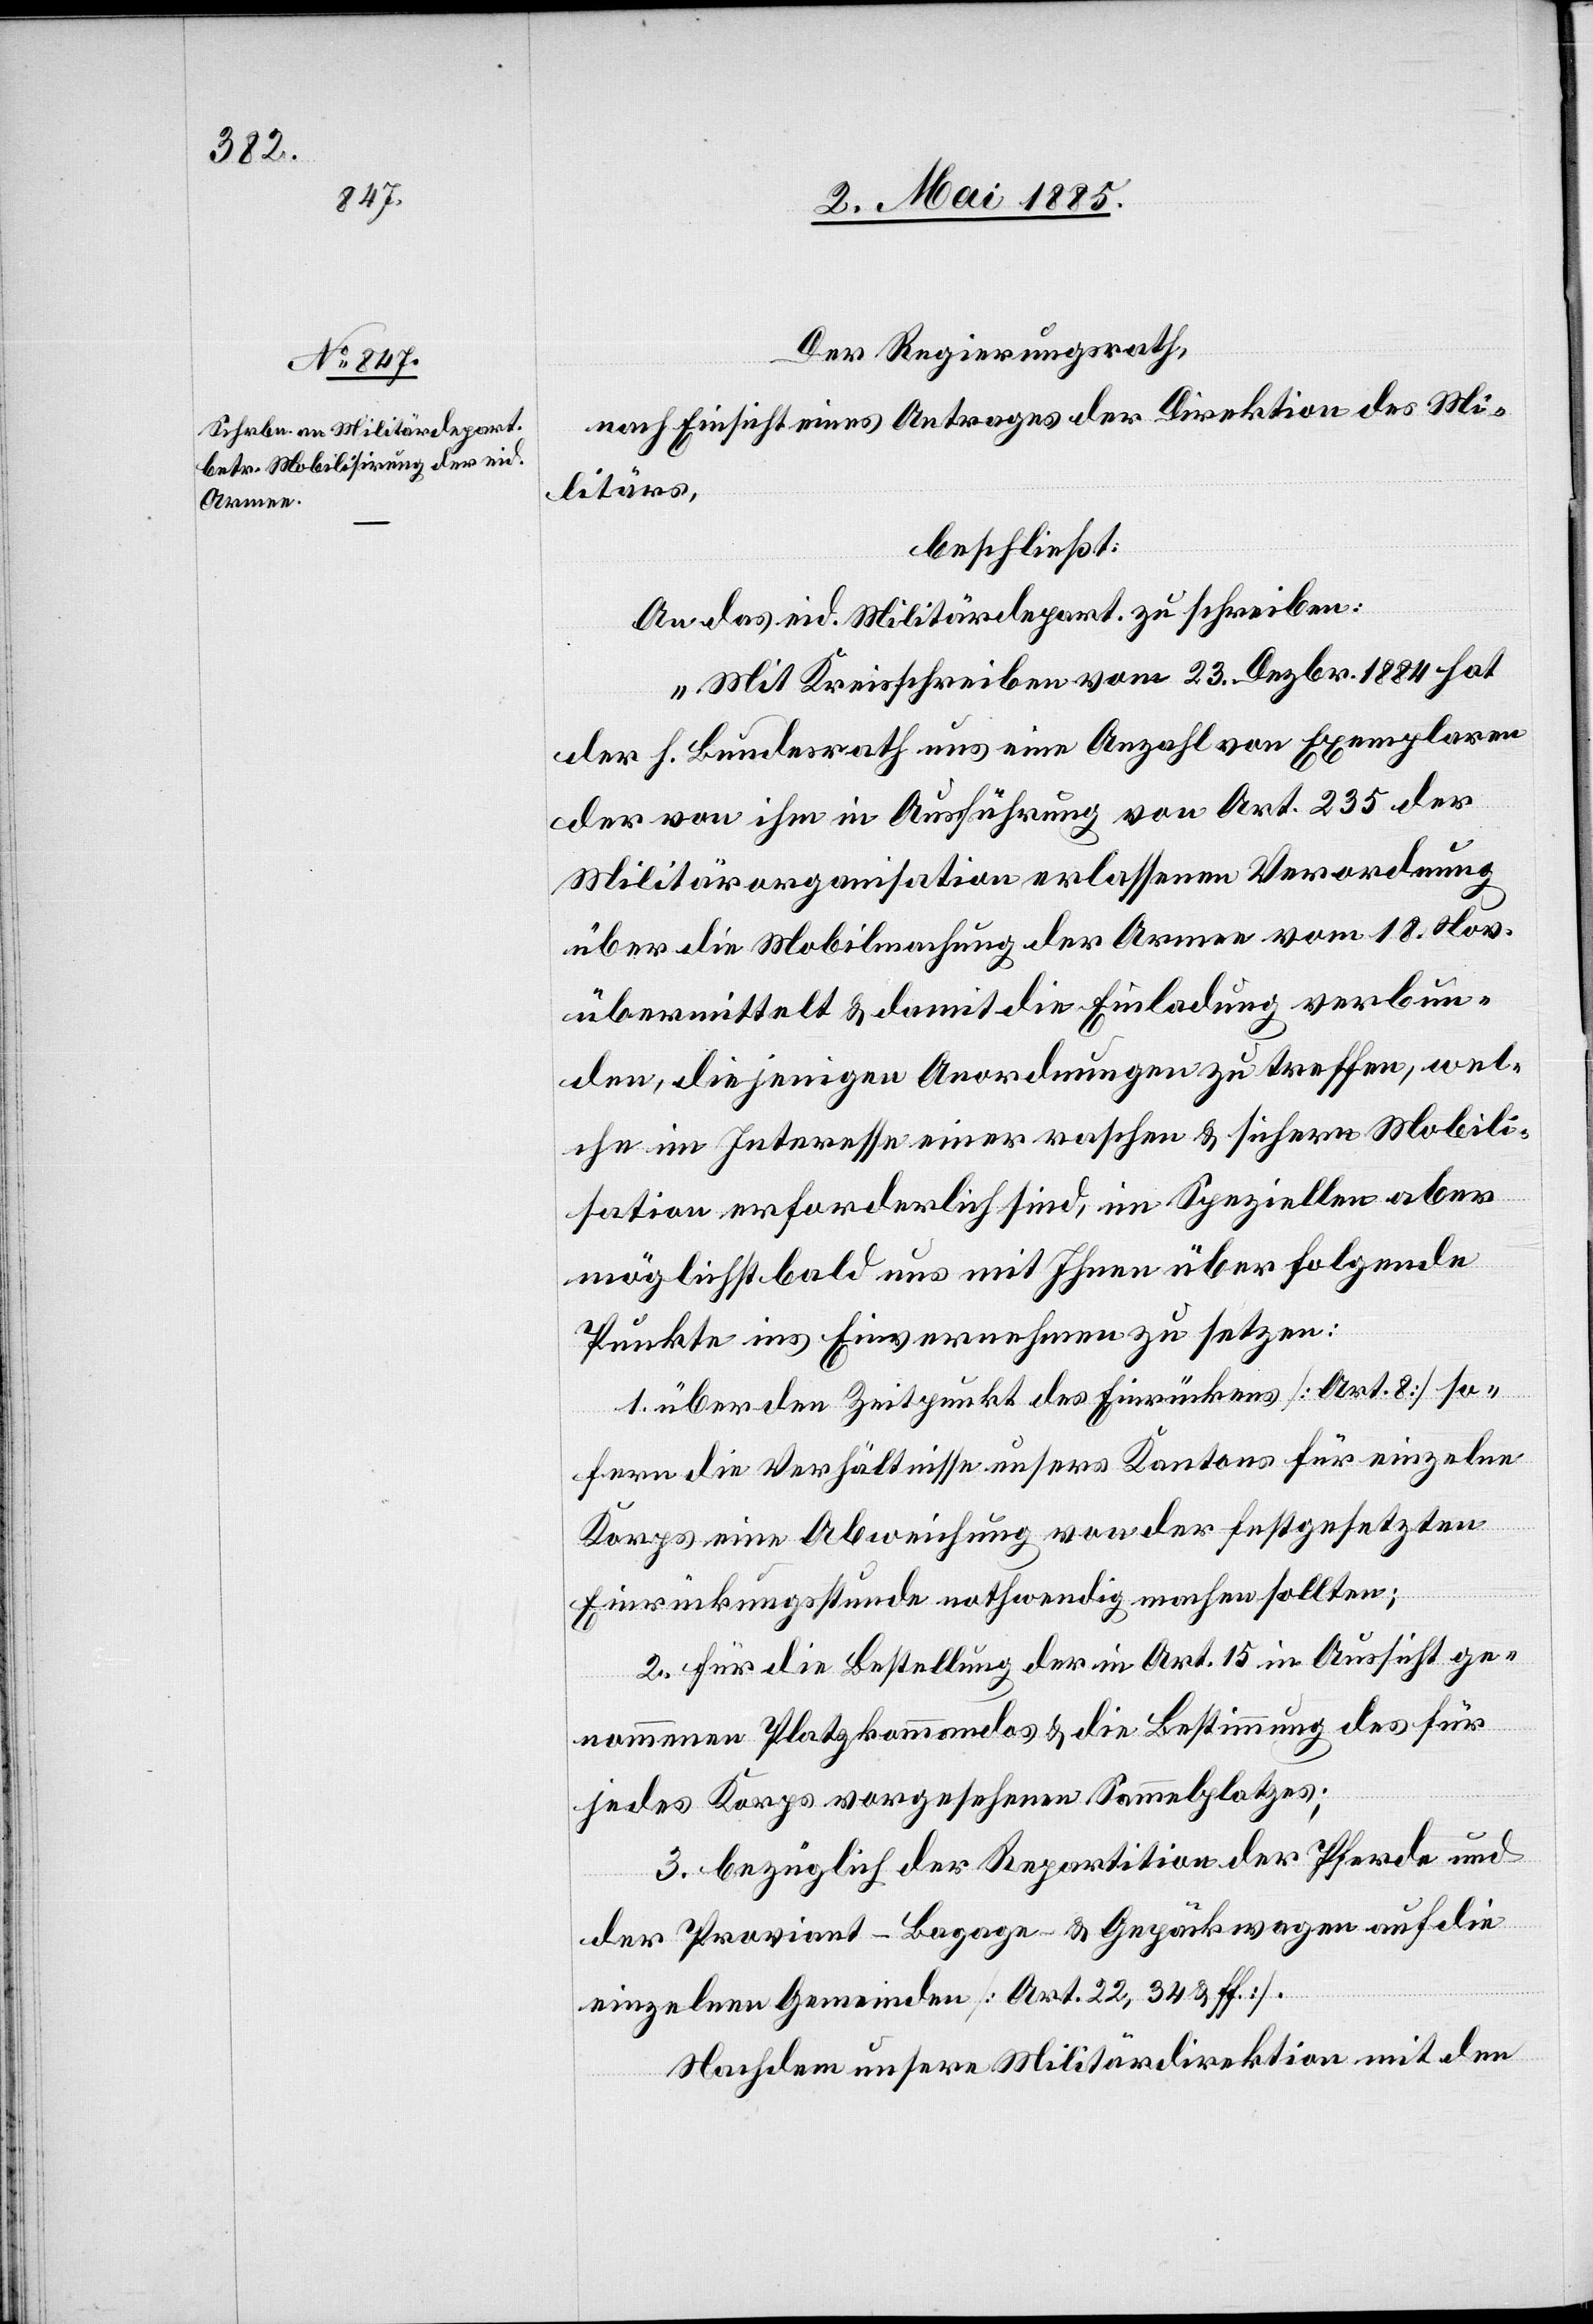
Der Regierungsrath,
nach Einsicht eines Antrages der Direktion des Mi¬
litärs,
beschließt:
An das eid. Militärdepart. zu schreiben:
„Mit Kreisschreiben vom 23. Dezbr. 1884 hat
der h. Bundesrath uns eine Anzahl von Exemplaren
der von ihm in Ausführung von Art. 235 der
Militärorganisation erlassenen Verordnung
über die Mobilmachung der Armee vom 18. Nov.
übermittelt & damit die Einladung verbun¬
den, diejenigen Anordnungen zu treffen, wel¬
che im Interesse einer raschen & sichern Mobili¬
sation erforderlich sind, im Speziellen aber
möglichst bald uns mit Ihnen über folgende
Punkte ins Einvernehmen zu setzen:
1. über den Zeitpunkt des Einrückens [Art. 8] so¬
fern die Verhältnisse unsers Kantons für einzelne
Korps eine Abweichung von der festgesetzten
Einrückungsstunde nothwendig machen sollten;
2. für die Bestellung der in Art. 5 in Aussicht ge¬
nommenen Platzkommandos & die Bestimmung des für
jedes Korps vorgesehenen Sammelplatzes;
3. bezüglich der Repartition der Pferde und
der Proviant-Bagage & Gepäckwagen auf die
einzelnen Gemeinden [Art. 22, 34 & ff].
Nachdem unsere Militärdirektion mit den